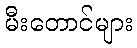
မီးတောင်များ